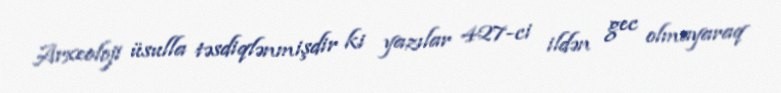
Arxeoloji üsulla təsdiqlənmişdir ki yazılar 427-ci ildən gec olmayaraq